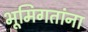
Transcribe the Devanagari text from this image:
भूमिगतांना